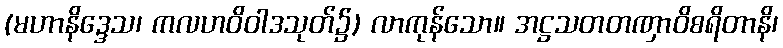
(မဟာနိဒ္ဒေသ၊ ကလဟဝိဝါဒသုတ်၌) လာကုန်သော။ အဋ္ဌသတတဏှာဝိစရိတာနိ၊